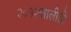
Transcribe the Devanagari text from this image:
२०१२सालीही